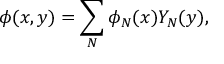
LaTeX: \phi ( x , y ) = \sum _ { N } \phi _ { N } ( x ) Y _ { N } ( y ) ,